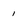
Character: 1